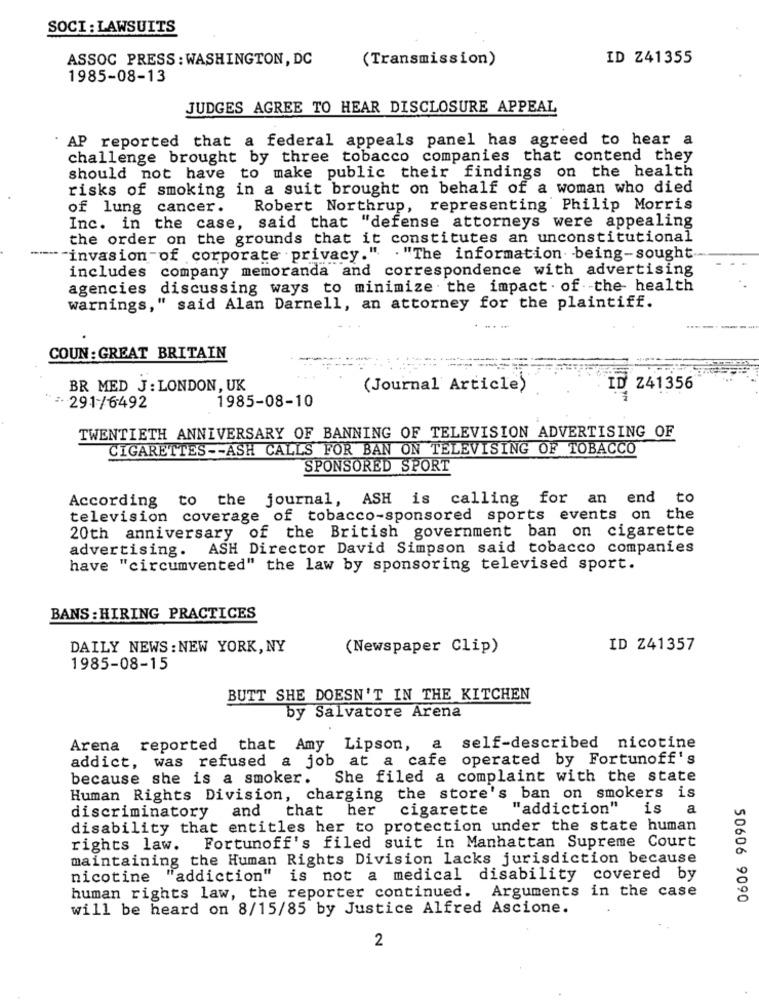
SOCI : LAWSUITS
ASSOC PRESS : WASHINGTON, DC
(Transmission)
ID Z41355
1985-08-13
JUDGES AGREE TO HEAR DISCLOSURE APPEAL
AP reported that a federal appeals panel has agreed to hear a
challenge brought by three tobacco companies that contend they
should not have to make public their findings on the health
risks of smoking in a suit brought on behalf of a woman who died
of lung cancer.
Robert Northrup, representing Philip Morris
Inc. in the case, said that "defense attorneys were appealing
the order on the grounds that it constitutes an unconstitutional
"invasion of corporate privacy." . "The information. being-sought
includes company memoranda and correspondence with advertising
agencies discussing ways to minimize the impact . of -the- health
warnings," said Alan Darnell, an attorney for the plaintiff.
COUN: GREAT BRITAIN
BR MED J: LONDON, UK
(Journal Article)
ID Z41356
1985-08-10
:. 291/6492
TWENTIETH ANNIVERSARY OF BANNING OF TELEVISION ADVERTISING OF
CIGARETTES -- ASH CALLS FOR BAN ON TELEVISING OF TOBACCO
SPONSORED SPORT
According to the journal, ASH is calling for an end to
television coverage of tobacco-sponsored sports events on the
20th anniversary of the British government ban on cigarette
advertising. ASH Director David Simpson said tobacco companies
have "circumvented" the law by sponsoring televised sport.
BANS : HIRING PRACTICES
DAILY NEWS: NEW YORK, NY
(Newspaper Clip)
ID Z41357
1985-08-15
BUTT SHE DOESN'T IN THE KITCHEN
by Salvatore Arena
Arena reported that Amy Lipson, a self-described nicotine
addict, was refused a job at a cafe operated by Fortunoff's
because she is a smoker. She filed a complaint with the state
Human Rights Division, charging the store's ban on smokers is
discriminatory and that her
cigarette
"addiction"
is
a
disability that entitles her to protection under the state human
rights law. Fortunoff's filed suit in Manhattan Supreme Court
maintaining the Human Rights Division lacks jurisdiction because
nicotine "addiction" is not a medical disability covered by
human rights law, the reporter continued. Arguments in the case
50606 9090
will be heard on 8/15/85 by Justice Alfred Ascione.
2